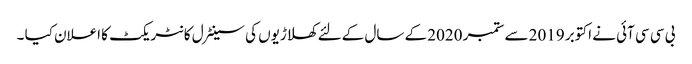
بی سی سی آئی نے اکتوبر 2019 سے ستمبر 2020 کے سال کےلئے کھلاڑیوں کی سینٹرل کانٹریکٹ کا اعلان کیا ۔